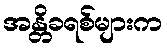
အန္တိခရစ်များက